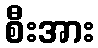
စီးအား